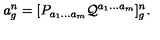
a _ { g } ^ { n } = [ P _ { a _ { 1 } \ldots a _ { m } } { \cal Q } ^ { a _ { 1 } \ldots a _ { m } } ] _ { g } ^ { n } .